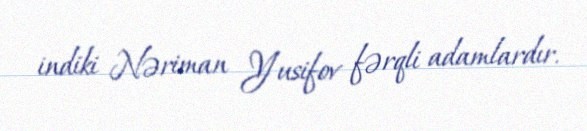
indiki Nəriman Yusifov fərqli adamlardır.